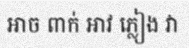
អាច ពាក់ អាវ ភ្លៀង វា